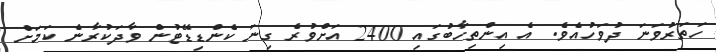
ހަތަރުވަނަ ދުވަހުއެވެ. އެ އިންތިހާބުގައި 2400 އަށްވުރެ ގިނަ ކެންޑިޑޭޓުން ވާދަކުރާނެ ކަމަށް